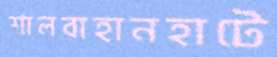
শালবাহানহাটে